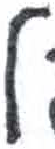
אות: ל